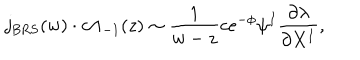
j _ { \mathrm { B R S } } ( w ) \cdot c \Lambda _ { - 1 } ( z ) \sim \frac { 1 } { w - z } c e ^ { - \phi } \psi ^ { I } \frac { \partial \lambda } { \partial X ^ { I } } ,